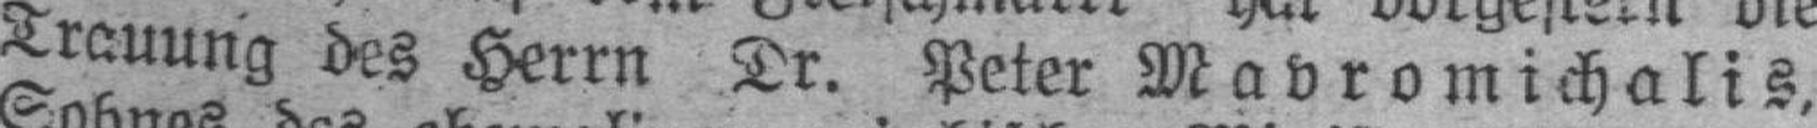
Trauung des Herrn Dr. Peter Mavromichalis.